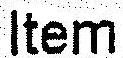
ITEM